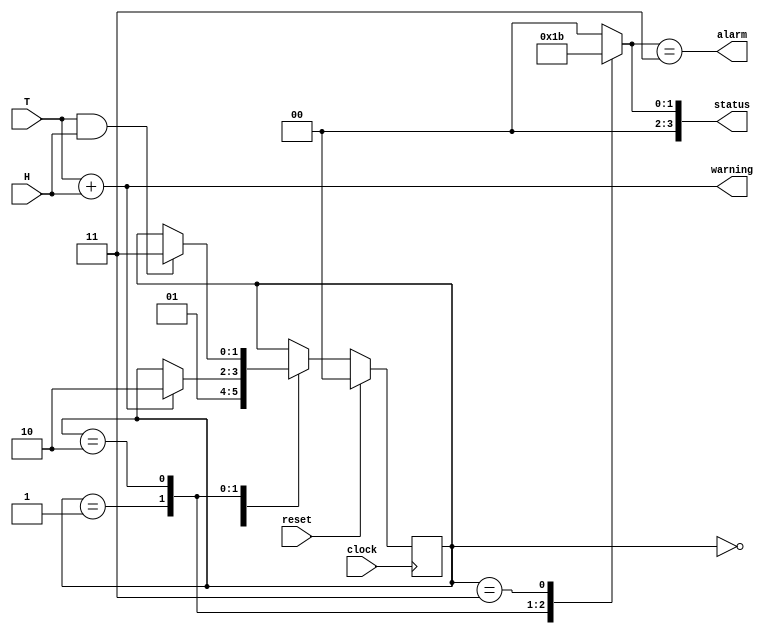
module maquina(

input wire T,
input wire H,
input wire clock,
input wire reset,
output wire alarm,
output wire warning,
output reg [3:0] status
);

localparam state_I = 2'd0,
state_1 = 2'd1,
state_2 = 2'd2,
state_3 = 2'd3;

//definimos registros para estado actual y siguiente

reg [1:0] currentstate;
reg [1:0] nextstate;

//definimos las salidas

assign alarm = (status == 4'b0011);
assign warning = T + H ;

always @ (*) begin
	status = 4'b0000;

	case (currentstate)
	state_1: begin
		status = 4'b0001;
		end
	state_2: begin
		status = 4'b0010;
		
		end
	state_3 : begin
		status = 4'b0011;

		
		end
	endcase
end
//se viene la logica secuencial, para transiciones

always @ (posedge clock ) begin
	if (reset) currentstate <= state_I;
	else currentstate <= nextstate;
end
// las transiciones

always @ (*) begin
	nextstate = currentstate;
	case (currentstate)
	state_I : begin
		nextstate = state_1;
		end
	state_1 : begin
		if (T + H ) nextstate = state_2;
		end
	state_2 : begin
		if (T & H) nextstate = state_3;
		
		end
	endcase
end


endmodule